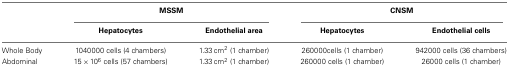
<table><thead><tr><td></td><td colspan="2"><b>MSSM</b></td><td colspan="2"><b>CNSM</b></td></tr><tr><td></td><td><b>Hepatocytes</b></td><td><b>Endothelial area</b></td><td><b>Hepatocytes</b></td><td><b>Endothelial cells</b></td></tr></thead><tbody><tr><td>Whole Body</td><td>1040000 cells (4 chambers)</td><td>1.33 cm<sup>2</sup> (1 chamber)</td><td>260000cells (1 chamber)</td><td>942000 cells (36 chambers)</td></tr><tr><td>Abdominal</td><td>15 × 10<sup>6</sup> cells (57 chambers)</td><td>1.33 cm<sup>2</sup> (1 chamber)</td><td>260000 cells (1 chamber)</td><td>26000 cells (1 chamber)</td></tr></tbody></table>